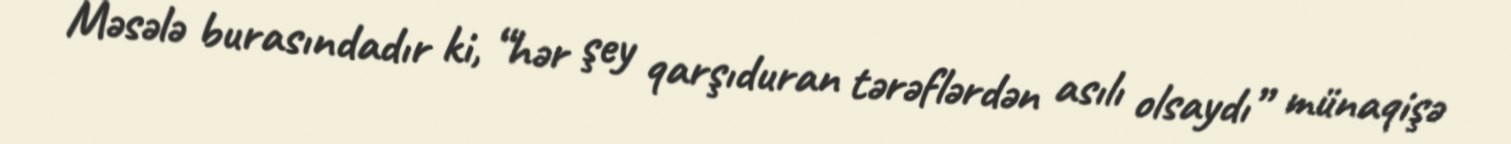
Məsələ burasındadır ki, “hər şey qarşıduran tərəflərdən asılı olsaydı” münaqişə